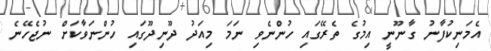
އެމަނިކުފާނު ގާނޫނީ އިމުގެ ތެރޭގައި ހުންނެވި ނަމަ މިއަދު ދޫނިދޫގައި ހުންނަވާކަށް ނުޖެހޭނެ